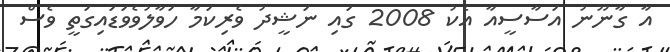
އާ ގާނޫނު އަސާސީއާ އެކު 2008 ގައި ނަޝީދު ވެރިކަމާ ހަވާލުވެވަޑައިގަތީ ވެސް